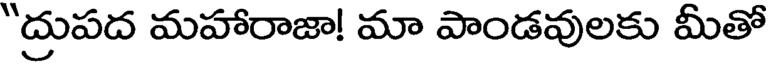
"ద్రుపద మహారాజా! మా పాండవులకు మీతో